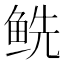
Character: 𲍏